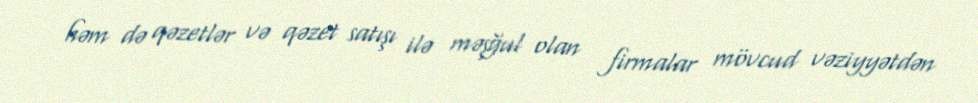
həm də qəzetlər və qəzet satışı ilə məşğul olan firmalar mövcud vəziyyətdən